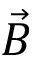
\vec { B }